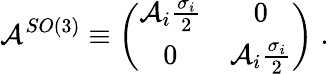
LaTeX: \mathcal{A}^{SO(3)}\equiv\left(\begin{array}{cc}{{\mathcal{A}_{i}\frac{\sigma_{i}}{2}}}&{{0}}\\ {{0}}&{{\mathcal{A}_{i}\frac{\sigma_{i}}{2}}}\end{array}\right)\; .